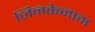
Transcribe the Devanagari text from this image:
जिनकेनाम